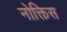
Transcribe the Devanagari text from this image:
नोक्तिस